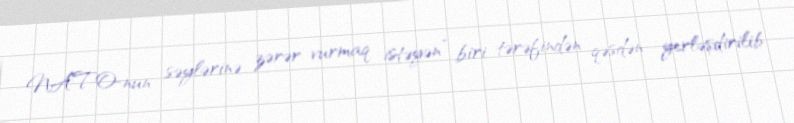
NATO-nun səylərinə zərər vurmaq istəyən” biri tərəfindən qəsdən yerləşdirilib.